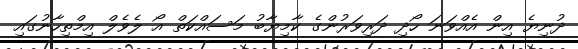
ދުނިޔެ އިން އެއްވަނަ ހޯދި ދަރިވަރުންގެ ކާމިޔާބު މަސައްކަތް އޯ ލެވެލް އިމްތިހާނުގައި